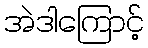
အဲဒါကြောင့်